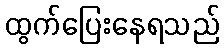
ထွက်ပြေးနေရသည်